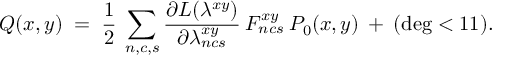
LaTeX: Q ( x , y ) \; = \; \frac { 1 } { 2 } \: \sum _ { n , c , s } \frac { \partial { \cal { L } } ( \lambda ^ { x y } ) } { \partial \lambda _ { n c s } ^ { x y } } \: F _ { n c s } ^ { x y } \: P _ { 0 } ( x , y ) \: + \: ( \deg < 1 1 ) .